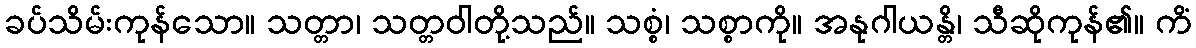
ခပ်သိမ်းကုန်သော။ သတ္တာ၊ သတ္တဝါတို့သည်။ သစ္စံ၊ သစ္စာကို။ အနုဂါယန္တိ၊ သီဆိုကုန်၏။ ကိံ